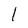
Character: l